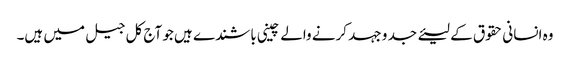
وہ انسانی حقوق کے لیئے جد و جہد کرنے والے چینی باشندے ہیں جو آج کل جیل میں ہیں۔